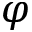
\varphi